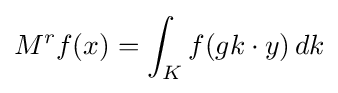
M^{r}f(x)=\int _{K}f(gk\cdot y)\,dk